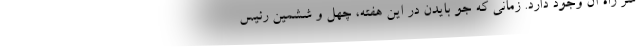
سر راه آن وجود دارد. زمانی که جو بایدن در این هفته، چهل و ششمین رئیس